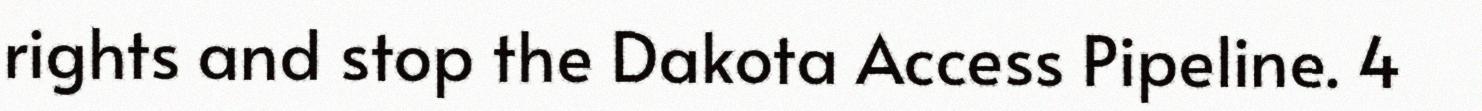
rights and stop the Dakota Access Pipeline. 4